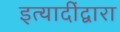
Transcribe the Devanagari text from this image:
इत्यादींद्वारा